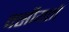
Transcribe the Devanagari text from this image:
वसीयतों